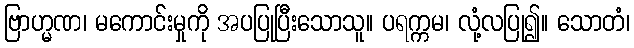
ဗြာဟ္မဏ၊ မကောင်းမှုကို အပပြုပြီးသောသူ။ ပရက္ကမ၊ လုံ့လပြု၍။ သောတံ၊